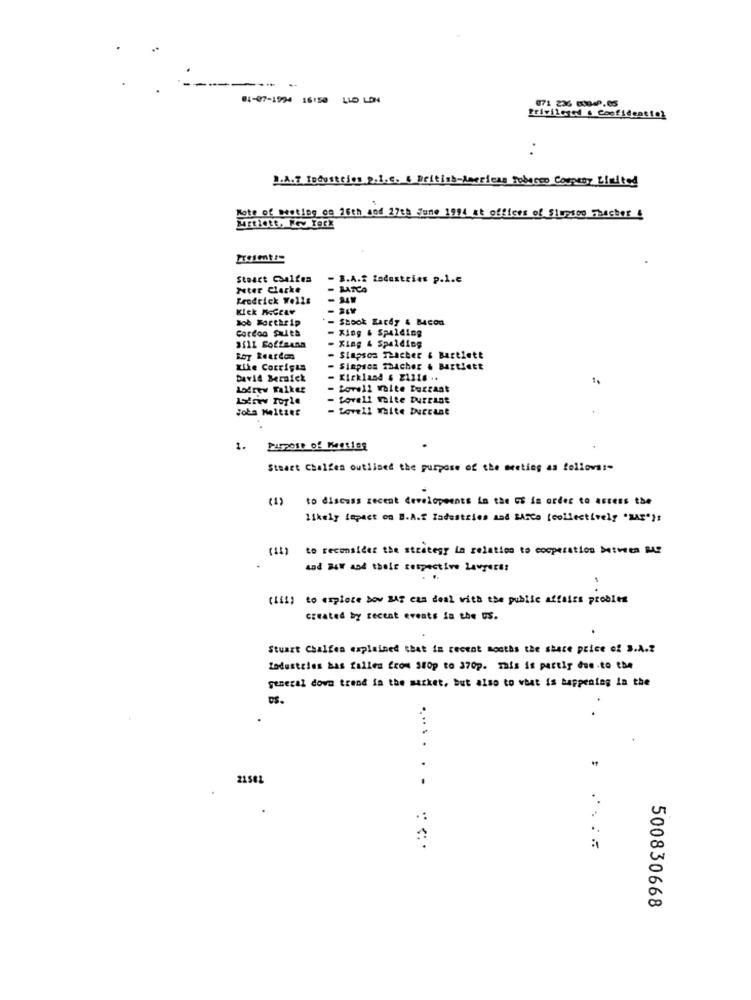
01-07-1994 16:50 LLD LON
Privileged a Confidentto
I.A.F Industries 2.i.c. & British American Tobacco Company Elultod
Note of Meeting on 16th sed 27th June 1994 at offices of Simpson macher &
Stoact Csalfen
- B.A.2 Ladustries p.l.e
ruter Clarke
Kendrick Wells
Kick Rocetv
Job Forthrip
Stook gardy & Bacon
Cordoo Swith
Xing & Spalding
3511 Coffeuna
Xing & Spalding
Roy Reardon
Simpson Thacker & Bartlett
Like Cottigas
Simpson maacher & Bartlett
David Beraick
Kickland & 21316 ..
Lodrew Walker
Love12 waite Buxcast
Lovell mite Durrant
- Lovell maite buccast
1.
Stuart Chalfen outlined the purpose of the meeting as follows :-
(1)
to discuss recent developments La the GE in order to assess the
likely impact on B.A.T Zadastries and BArca (collectively "MAP"):
(11) to reconsider the strategy in relation to cooperation between Me
and SAW and their respective Lawyers:
(Iii) to explore bow BAS cas deal with the public affairs problem
created by recent events in the US.
Stuart Chalfen explained that in recent months the share price of 3.A.Z
Industries has fallen from Stop to 370p. This is partly due to the
general dova trend in the market, but also to what is happening la the
DS.
21502
500830668